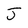
Character: J